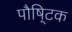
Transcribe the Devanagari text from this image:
पौषि्टक